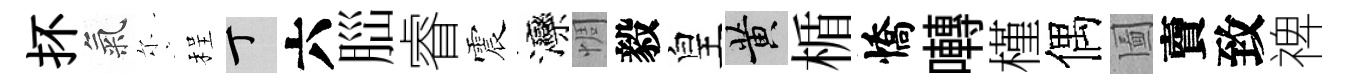
抔氣尓程丁六𦛁睿震灤惆毅皇黄楯憍囀槿偶圗𧶠致禆